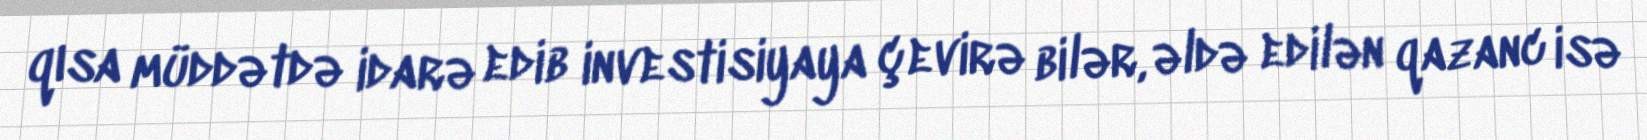
qısa müddətdə idarə edib investisiyaya çevirə bilər, əldə edilən qazanc isə